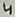
Text: 4